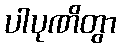
ပါပုဏိတွာ